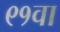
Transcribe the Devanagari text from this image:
९१वा